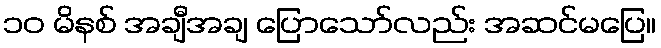
၁၀ မိနစ် အချီအချ ပြောသော်လည်း အဆင်မပြေ။